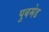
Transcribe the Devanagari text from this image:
पुबमेड